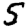
Digit: 5